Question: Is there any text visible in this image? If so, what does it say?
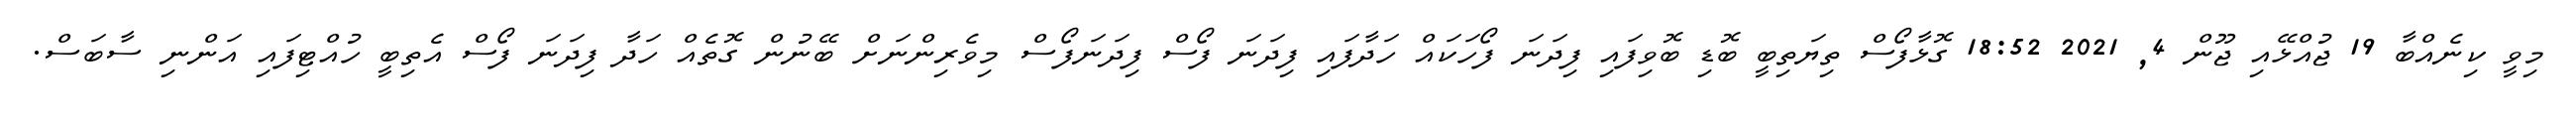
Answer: މިވީ ކިނެއްބާ 19 ޖުއްޅޭއި ޖޫން 4, 2021 18:52 ގޮޅާފޯސް ތިޔަތިބީ ބޮޑި ބޮވިފައި ފިދަނަ ފޯހަކައް ހަދާފައި ފިދަނަ ފޯސް ފިދަނަފޯސް މިވެރިންނަށް ބޭނުން ގޮތެއް ހަދާ ފިދަނަ ފޯސް އެތިބީ ހުއްޓިފައި އަންނި ސާބަސް.